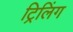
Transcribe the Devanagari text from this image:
ट्रिलिंग